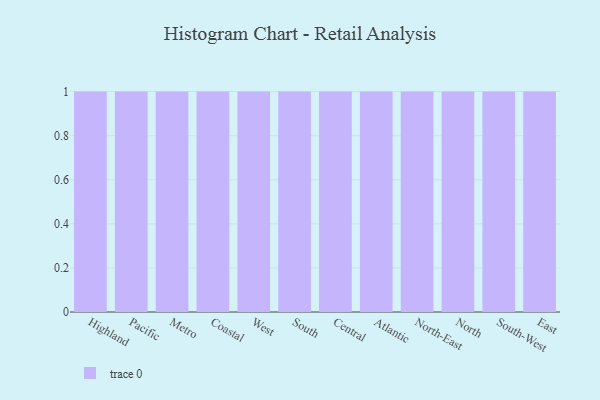
{"axis": {"x": "Region", "y": "Population (Million)"}, "legend": [""], "data": [{"x": "Highland", "y": 45, "type": ""}, {"x": "Pacific", "y": 37, "type": ""}, {"x": "Metro", "y": 60, "type": ""}, {"x": "Coastal", "y": 45, "type": ""}, {"x": "West", "y": 9, "type": ""}, {"x": "South", "y": 29, "type": ""}, {"x": "Central", "y": 87, "type": ""}, {"x": "Atlantic", "y": 41, "type": ""}, {"x": "North-East", "y": 97, "type": ""}, {"x": "North", "y": 44, "type": ""}, {"x": "South-West", "y": 67, "type": ""}, {"x": "East", "y": 64, "type": ""}]}